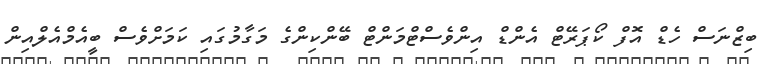
ބިޒްނަސް ހެޑް އޮފް ކޯޕަރޭޓް އެންޑް އިންވެސްޓްމަންޓް ބޭންކިންގެ މަގާމުގައި ކަމަށްވެސް ބީއެމްއެލްއިން